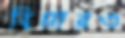
বিমারও